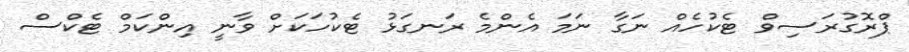
ޕްރޮގުރަސިވް ޓެކުހެއް ނަގާ ނަމަ އެންމެ ރަނގަޅު ޓެކުހަކަށް ވާނީ އިންކަމް ޓެކްސް